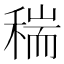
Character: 𥠄